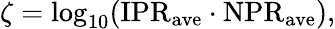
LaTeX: \zeta=\log_{10}(\mathrm{IPR}_{\mathrm{ave}}\cdot\mathrm{NPR}_{\mathrm{ave}}),